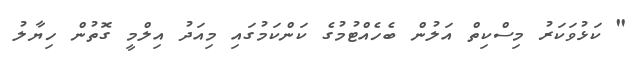
" ކަޅުވަކަރު މިސްކިތް އަލުން ބެހެއްޓުމުގެ ކަންކަމުގައި މިއަދު އިލްމީ ގޮތުން ހިޔާލު